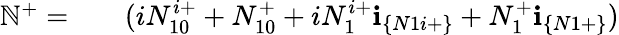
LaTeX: \begin{array}{rlr}{\mathbb{N}^{+}=}&{{}}&{(iN_{10}^{i+}+N_{10}^{+}+iN_{1}^{i+}\textbf{i}_{\{ N1i+\} }+N_{1}^{+}\textbf{i}_{\{ N1+\} })}\end{array}